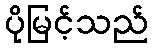
ပိုမြင့်သည်